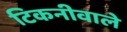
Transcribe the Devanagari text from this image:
टिकनीवाले